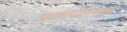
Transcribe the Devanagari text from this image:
प्राणीपालनाचा